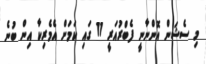
މި ސެޝަން އޮންނާނީ ފެބްރުއަރީ 11 ގައި ކަމަށް އެމެރިކާ އިން ބުނެ